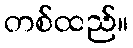
တစ်ထည်။